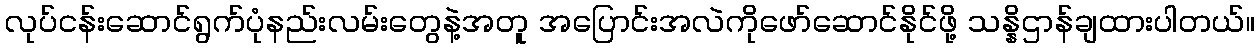
လုပ်ငန်းဆောင်ရွက်ပုံနည်းလမ်းတွေနဲ့အတူ အပြောင်းအလဲကိုဖော်ဆောင်နိုင်ဖို့ သန္နိဌာန်ချထားပါတယ်။